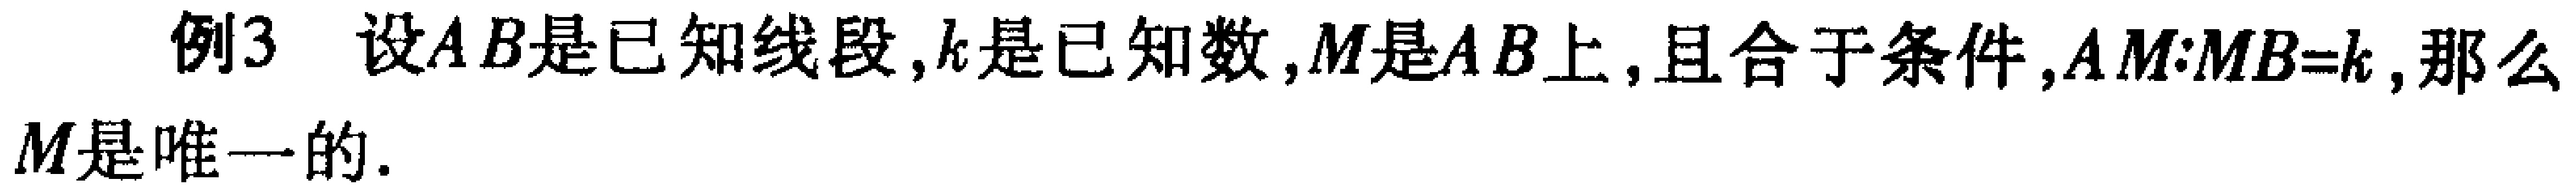
例3 设$AB$是已知线段，$k$是已知数，$M$是$AB$上，且合于条件，$AM:MB = k$，那么$M$是唯一的.